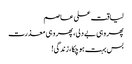
لیاقت علی عاصم
پھر وہی بے دلی، پھر وہی معذرت
بس بہت ہو چکا، زندگی!